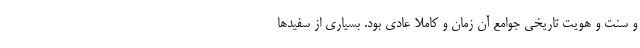
و سنت و هویت تاریخی جوامع آن زمان و کاملا عادی بود. بسیاری از سفیدها